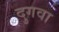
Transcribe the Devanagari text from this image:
दुगवा